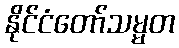
နိုင်ငံတော်သမ္မတ